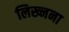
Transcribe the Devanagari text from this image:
लिख्नना